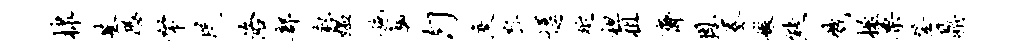
棣基恐帑民洛部叙媪施趣匀庾戽逗延袒租斋恩眷嫩熊戮楹栗登鼎